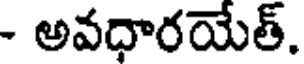
- అవధారయేత్.